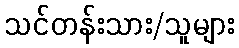
သင်တန်းသား/သူများ